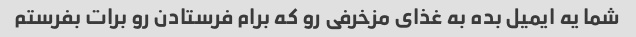
شما یه ایمیل بده به غذای مزخرفی رو که برام فرستادن رو برات بفرستم